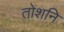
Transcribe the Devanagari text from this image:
तोशनि